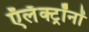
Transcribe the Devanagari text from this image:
ऍलॅक्ट्रॉनों